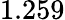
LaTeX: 1.259